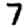
Digit: 7